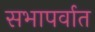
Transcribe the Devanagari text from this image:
सभापर्वात